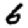
Digit: 6